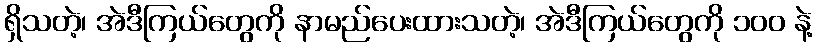
ရှိသတဲ့၊ အဲဒီကြယ်တွေကို နာမည်ပေးထားသတဲ့၊ အဲဒီကြယ်တွေကို ၁၀၀ နဲ့